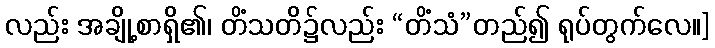
လည်း အချို့စာရှိ၏၊ တိံသတိ၌လည်း “တိံသံ”တည်၍ ရုပ်တွက်လေ။]